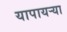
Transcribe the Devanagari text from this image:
यापायऱ्या